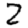
Digit: 2